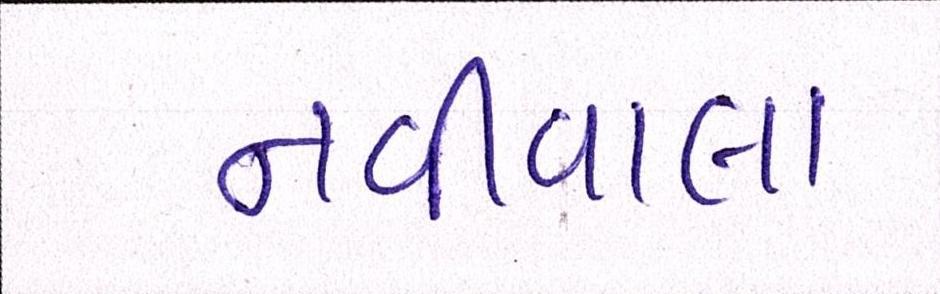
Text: નવીવાલા